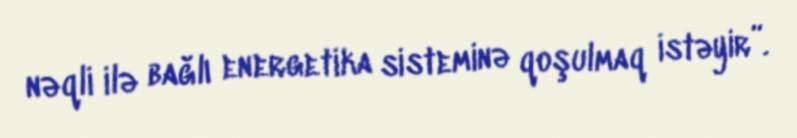
nəqli ilə bağlı energetika sisteminə qoşulmaq istəyir”.